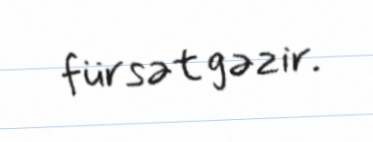
fürsət gəzir.